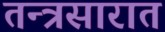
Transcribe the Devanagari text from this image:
तन्त्रसारात